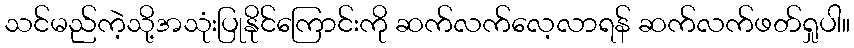
သင်မည်ကဲ့သို့အသုံးပြုနိုင်ကြောင်းကို ဆက်လက်လေ့လာရန် ဆက်လက်ဖတ်ရှုပါ။